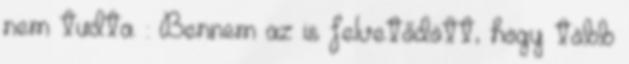
nem tudta. : Bennem az is felvetődött, hogy több